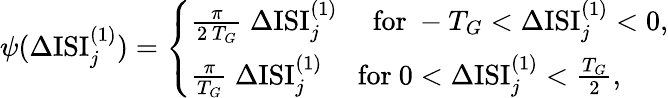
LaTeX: \psi(\Delta\mathrm{ISI}_{j}^{(1)})=\left\{ \begin{array}{l}{\frac{\pi}{2~T_{G}}~\Delta\mathrm{ISI}_{j}^{(1)}~~~~~\mathrm{for}~-{T_{G}}<\Delta\mathrm{ISI}_{j}^{(1)}<0,}\\ {\frac{\pi}{T_{G}}~\Delta\mathrm{ISI}_{j}^{(1)}~~~~~\mathrm{for}~0<\Delta\mathrm{ISI}_{j}^{(1)}<{\frac{T_{G}}{2}},}\end{array}\right.